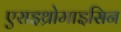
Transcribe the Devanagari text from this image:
एराइथ्रोमाइसिन